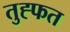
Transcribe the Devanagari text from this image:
तुह्फत